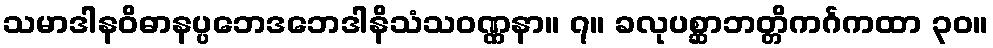
သမာဒါနဝိဓာနပ္ပဘေဒဘေဒါနိသံသဝဏ္ဏနာ။ ၇။ ခလုပစ္ဆာဘတ္တိကင်္ဂကထာ ၃၀။